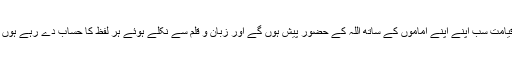
روزقیامت سب اپنے اپنے اماموں کے ساتھ اللہ کے حضور پیش ہوں گے اور زبان و قلم سے نکلے ہوئے ہر لفظ کا حساب دے رہے ہوں گے۔